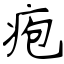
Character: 疱